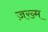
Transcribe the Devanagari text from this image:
ज़ख्‍म